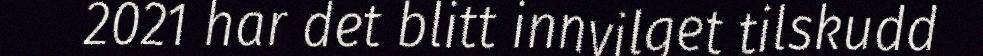
2021 har det blitt innvilget tilskudd